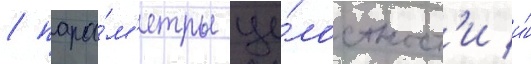
/ пара́м'етры це́лостност'и и́